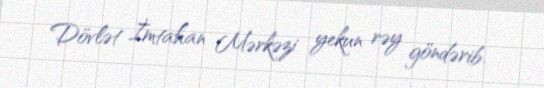
Dövlət İmtahan Mərkəzi yekun rəy göndərib.